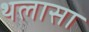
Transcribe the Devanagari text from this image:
थलासा